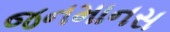
જનમાનસ